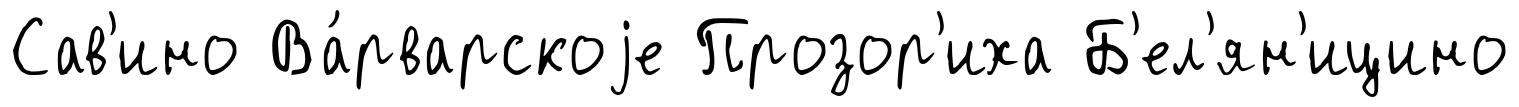
Сав'ино Ва́рварскоjе Прозор'иха Б'ел'ян'ицино